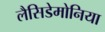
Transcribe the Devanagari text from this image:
लैसिडेमोनिया